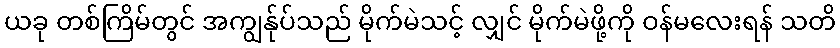
ယခု တစ်ကြိမ်တွင် အကျွန်ုပ်သည် မိုက်မဲသင့် လျှင် မိုက်မဲဖို့ကို ဝန်မလေးရန် သတိ